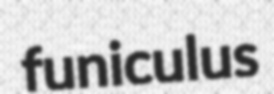
funiculus